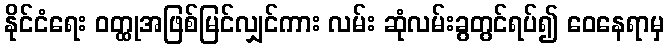
နိုင်ငံရေး ဝတ္ထုအဖြစ်မြင်လျှင်ကား လမ်း ဆုံလမ်းခွတွင်ရပ်၍ ဝေနေရာမှ